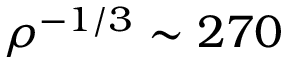
\rho ^ { - 1 / 3 } \sim 2 7 0